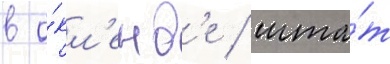
в о́кл'енд'е / шта́т